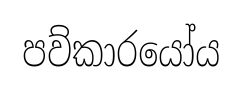
පව්කාරයෝය